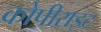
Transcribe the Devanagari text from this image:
कोपीराइट